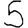
Digit: 5